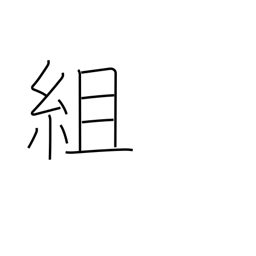
Meaning: construct